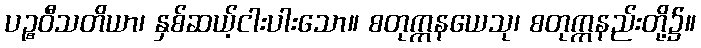
ပဉ္စဝီသတိယာ၊ နှစ်ဆယ့်ငါးပါးသော။ စတုက္ကနယေသု၊ စတုက္ကနည်းတို့၌။